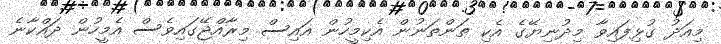
މިއަދު ގުޅިފައިވާ މިދުނިޔޭގެ އެކި ތަންތަނުން އެކިމީހުން އައިސް މިރާއްޖޭގައިވެސް އެމީހުން ދައްކާނެ